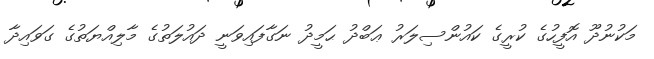
މަކުނުދޫ އޮފީހުގެ ކުރީގެ ކައުންސިލަރު ޢަބްދު ޙަމީދު ނަގާފައިވަނީ ދައުލަތުގެ މާލިއްޔަތުގެ ގަވައިދާ